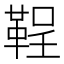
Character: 鞓